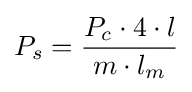
P_{s}={\frac {P_{c}\cdot 4\cdot l}{m\cdot l_{m}}}